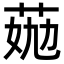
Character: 𦯏